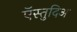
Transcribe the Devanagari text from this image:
ऍस्तुदिअ